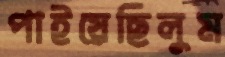
পাইয়েছিলুম